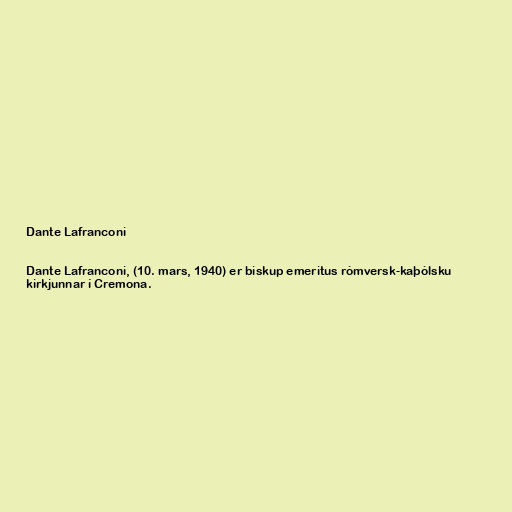
Dante Lafranconi

Dante Lafranconi, (10. mars, 1940) er biskup emeritus rómversk-kaþólsku
kirkjunnar í Cremona.